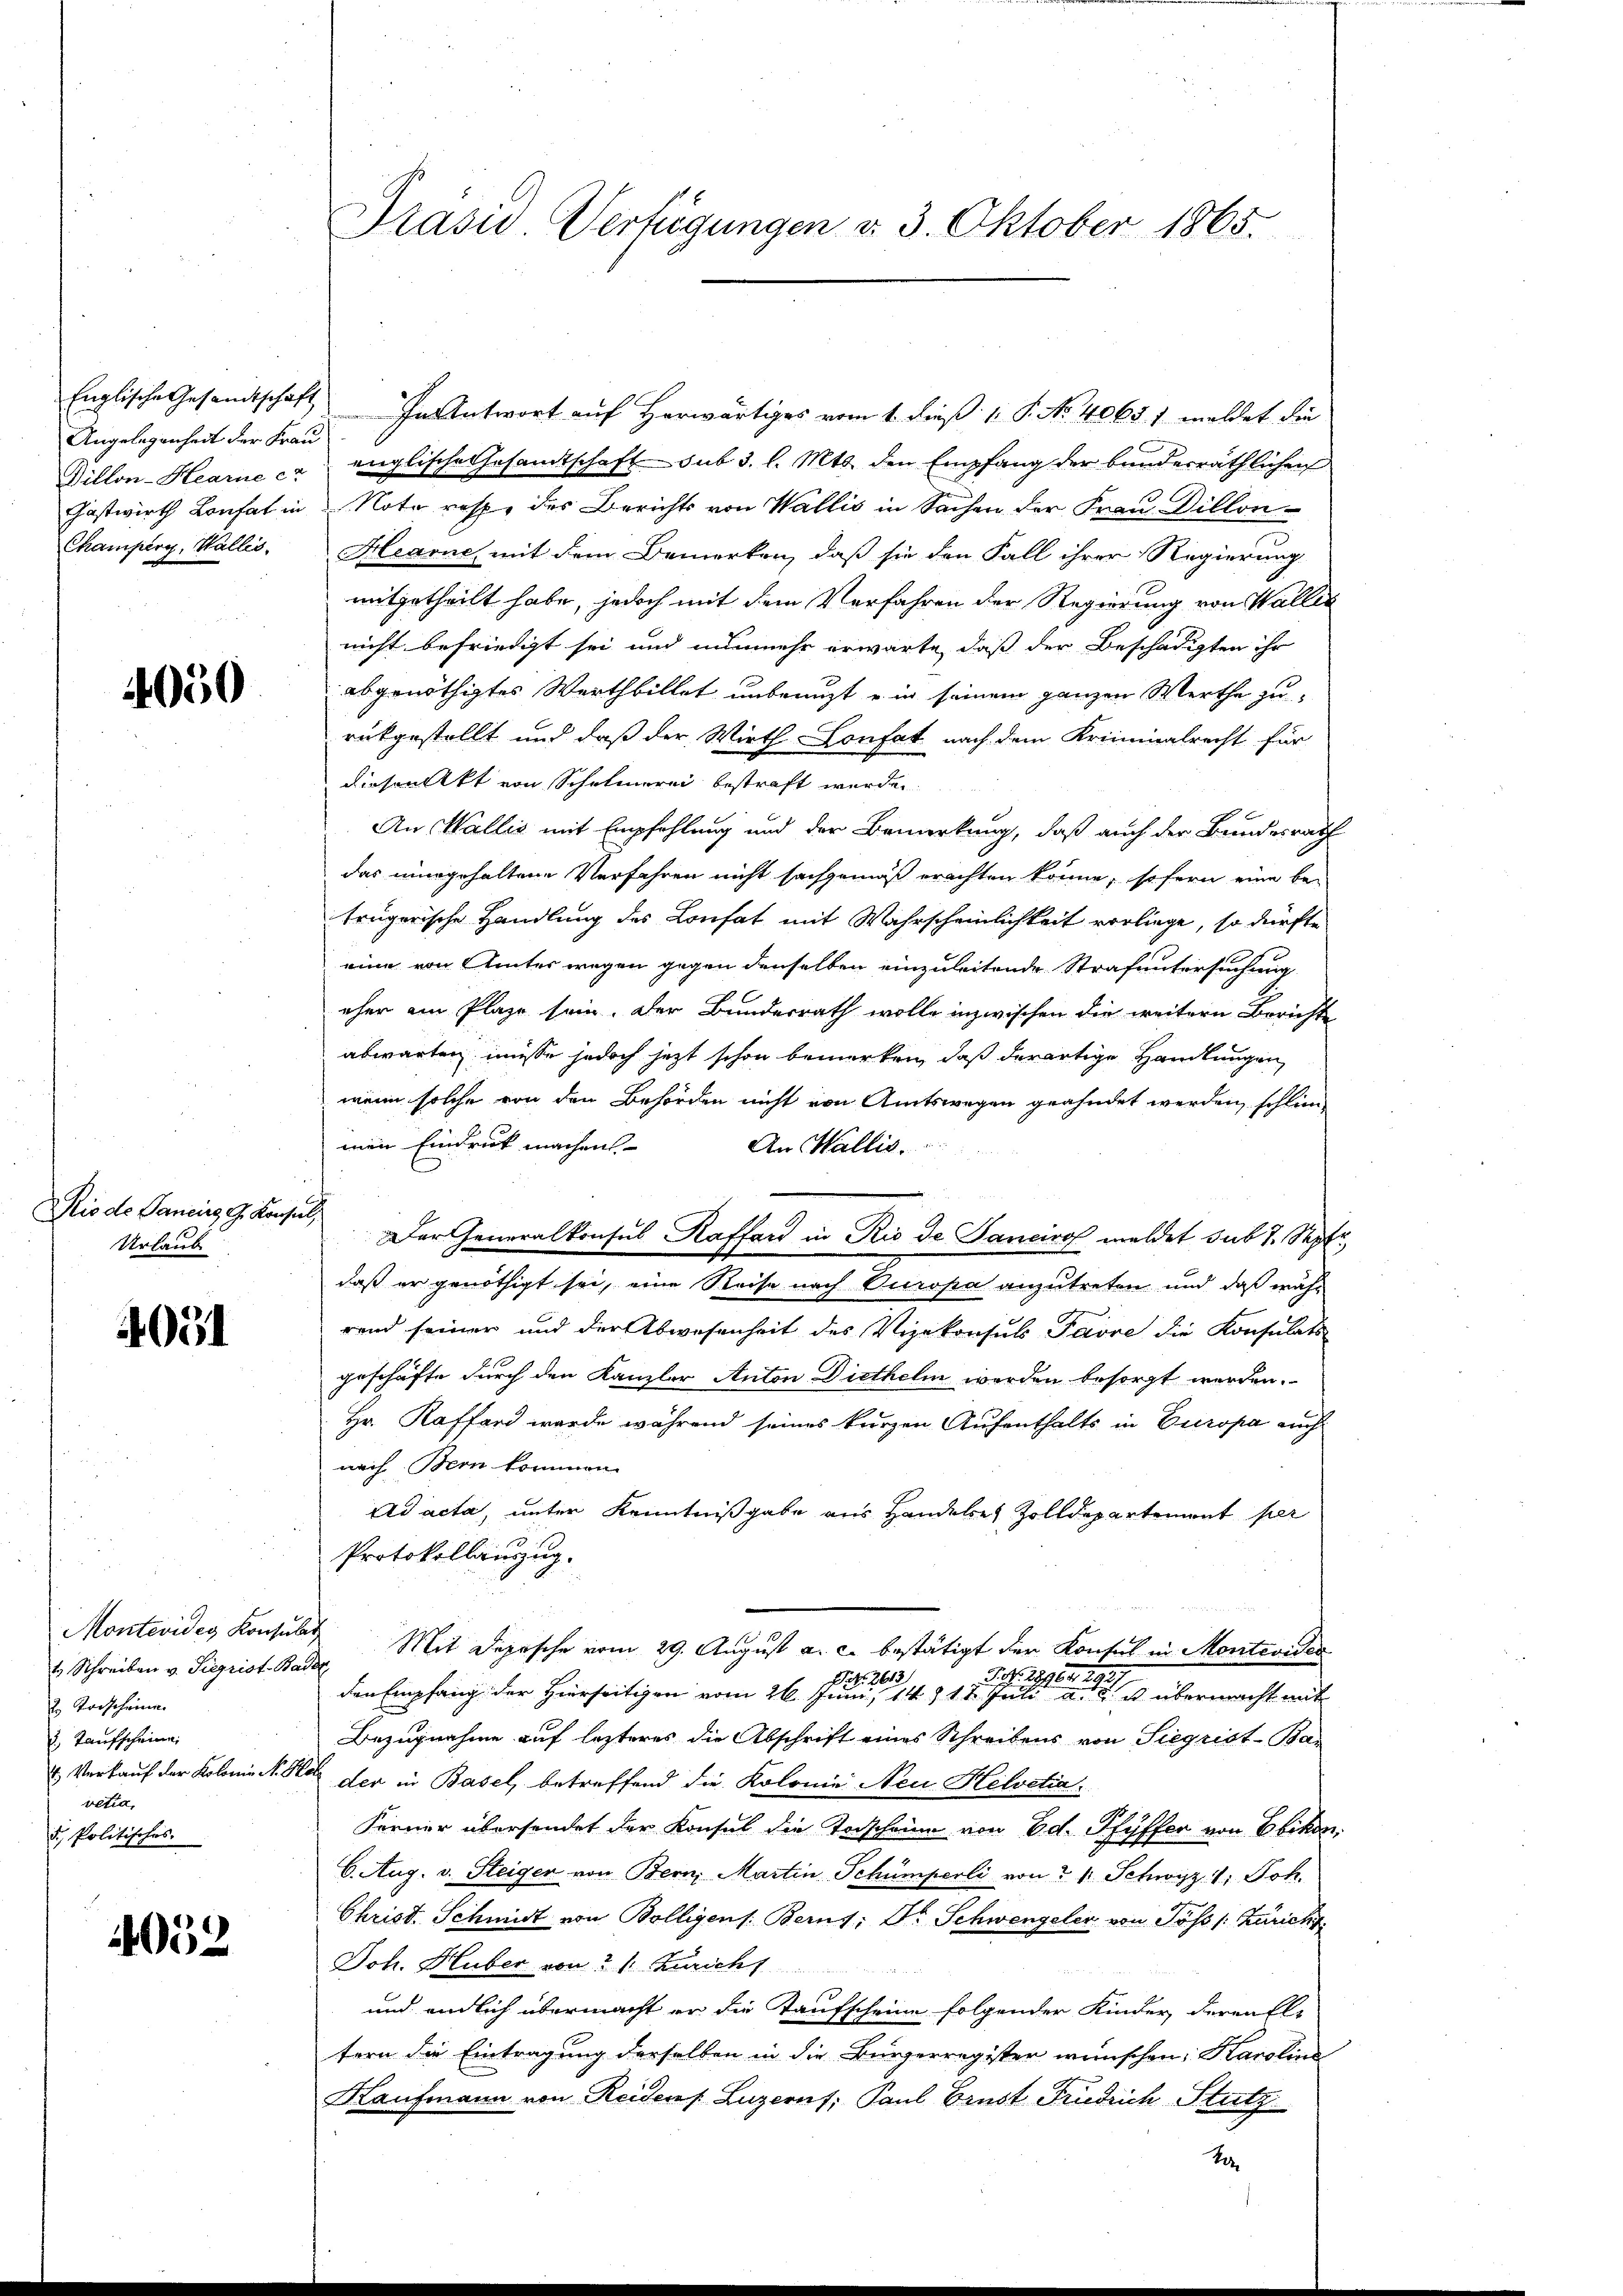
Angelegenheit der Frau
Villon-Hearne c

4050

Rio de Pancirg G. Konsuls
Urlaub

4051

Montevides Konsulat
t Schreiben v. Siegrist Badez
2 Torscheine
 Taufscheine
vetia,
d. Politisches.

4052

Englische Gesandtschaft In Antwort auf Herwärtiges vom 1. dieß 1 S. No. 4065. 1 meldet die
englische Gesandtschaft sub 3. l. Mts. den Empfang der bundesräthlichen
Gastwirth Lonfat in Note resp. des Berichts von Wallis in Sachen der Frau Dillon-
Champerg, Wallis. Hearne mit dem Bemerken, daß sie den Fall ihrer Regierung
mitgetheilt habe, jedoch mit dem Verfahren der Regierung von Waller
nicht befriedigt sei und nunmehr erwarte, daß der Beschädigten ihr
abgenöthigtes Werthbillet unbenuzt u in seinem ganzen Werthe zu
rükgestellt und daß der Wirth Confat nach dem Kriminalrecht für
diesen Akt von Schulmerei bestraft werde.
An Wallis mit Empfehlung und der Bemerkung, daß auch der Bundesrath
das nur gehaltene Verfahren nicht sachgemäß erachten könne, sofern eine be-
trügerische Handlung des Confat mit Wahrscheinlichkeit vorliege, so dürfte
eine von Amtes wegen gegen denselben einzuleitende Strafuntersuchung
eher am Plaze sein. Der Bundesrath wolle inzwischen die weitern Berichte
abwarten müsse jedoch jetzt schon bemerken, daß derartige Handlungen
wenn solche von den Behörden nicht von Amtswegen geahndet werden, schlimmen Eindruck machen
An Wallis.
Der Generalkonsul Kaffard in Rio de Janeiro meldet sub 7. Sept
daß er genöthigt sei, eine Reise nach Europa anzutreten und daß wäh-
rend seiner und der Abwesenheit des Vizekonsuls Parre die Konsulats
geschäfte durch den Kanzler Anton Diethelm werden besorgt werden.
Hr. Kaffend wurde während seines kurzen Aufenthalts in Europa auch
nach Bern kommen.
Ad acta, unter Kenntnißgabe aus Handeles Zolldepartemont per
Protokollanzug.
Mit Depesche vom 29. August a. c. bestätigt der Konsul in Monteviden
o. 290. 1949
NNo. 263
den Empfang der Hierseitigen vom 26. Juni, 14 § 17 Juli aber ist übermacht mit
Bezugnahme auf lezteres die Abschrift eines Schreibens von Siegrist-Ban
 Verkauf der Kolonie N. So der in Basel, betreffend die Kolonie Neu Helvetia
Ferner übersendet der Konsul die Torscheine von Ed. Pfyffer von Ebikon,
6. Aug. v. Steiger von Bern, Martin Schumperli von I 1 Schwyz 1. Joh.
Christ. Schmidt von Bolligens: Berns, Dr. Schwengeler von Pöss /: Züricht
Joh. Huber von 2 t Züricht
und endlich übermacht er die Kaufscheine folgender Kinder, deren El-
tern die Eintragung derselben in die Bürgerregister wünschen: Karoline
Kaufmann von Reidens Luzernf, Paul Brust Friedrich Stutz

Präsid Verfügungen d. 3. Oktober 1865.